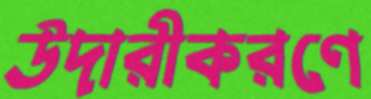
উদারীকরণে